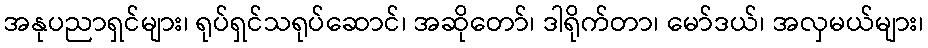
အနုပညာရှင်များ၊ ရုပ်ရှင်သရုပ်ဆောင်၊ အဆိုတော်၊ ဒါရိုက်တာ၊ မော်ဒယ်၊ အလှမယ်များ၊